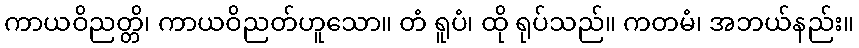
ကာယဝိညတ္တိ၊ ကာယဝိညတ်ဟူသော။ တံ ရူပံ၊ ထို ရုပ်သည်။ ကတမံ၊ အဘယ်နည်း။